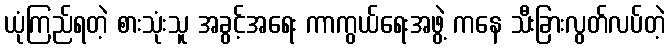
ယုံကြည်ရတဲ့ စားသုံးသူ အခွင့်အရေး ကာကွယ်ရေးအဖွဲ့ ကနေ သီးခြားလွတ်လပ်တဲ့